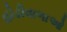
હોડીવાળાઓ